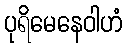
ပုရိမေနေဝါဟံ